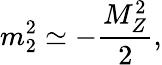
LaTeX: m_{2}^{2}\simeq-\frac{M_{Z}^{2}}{2},